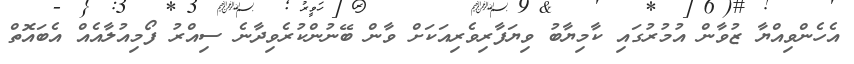
އެހެންވިއްޔާ ޒުވާން އުމުރުގައި ކާމިޔާބު ވިޔަފާރިވެރިއަކަށް ވާން ބޭނުންކުރެވިދާނެ ސިއްރު ފޯމިއުލާއެއް އެބައޮތް